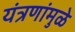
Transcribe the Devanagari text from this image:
यंत्रणांमुळे